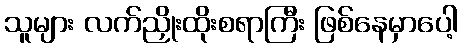
သူများ လက်ညှိုးထိုးစရာကြီး ဖြစ်နေမှာပေါ့